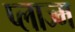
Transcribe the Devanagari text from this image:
प्लाज्म